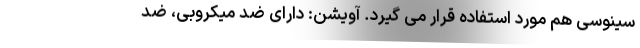
سینوسی هم مورد استفاده قرار می گیرد. آویشن: دارای ضد میکروبی، ضد